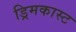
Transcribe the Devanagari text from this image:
ड्रिमकास्ट